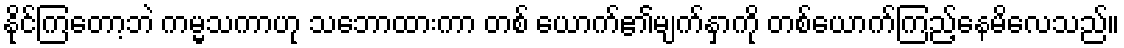
နိုင်ကြတော့ဘဲ ကမ္မသကာဟု သဘောထားကာ တစ် ယောက်၏မျက်နှာကို တစ်ယောက်ကြည့်နေမိလေသည်။